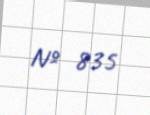
№ 835